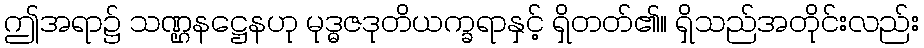
ဤအရာ၌ သဏ္ဌနဋ္ဌေနဟု မုဒ္ဓဇဒုတိယက္ခရာနှင့် ရှိတတ်၏။ ရှိသည်အတိုင်းလည်း